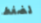
لضغط